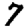
Digit: 7